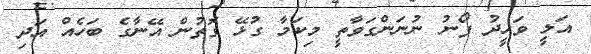
އަލީ ވަހީދު ފޯނު ނުނަންގަވާތީ މިކަމާ ގުޅޭ ގޮތުން އޭނާގެ ބަހެއް އަދި